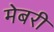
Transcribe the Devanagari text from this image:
मेबरी